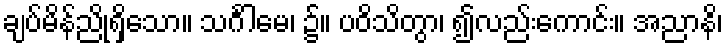
ချပ်မိန်ညိုရှိသော။ သင်္ဂါမေ၊ ၌။ ပဝိသိတွာ၊ ၍လည်းကောင်း။ အညာနိ၊